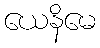
ယေနိမေ